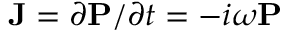
\mathbf { J } = \partial \mathbf { P } / \partial t = - i \omega \mathbf { P }